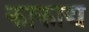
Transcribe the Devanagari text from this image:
काकाद्य